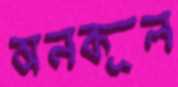
অনকূল